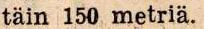
täin 150 metriä.